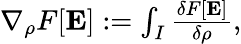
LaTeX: \begin{array}{r}{\nabla_{\rho}F[\mathbf{E}]:=\int_{I}\frac{\delta F[\mathbf{E}]}{\delta\rho},}\end{array}